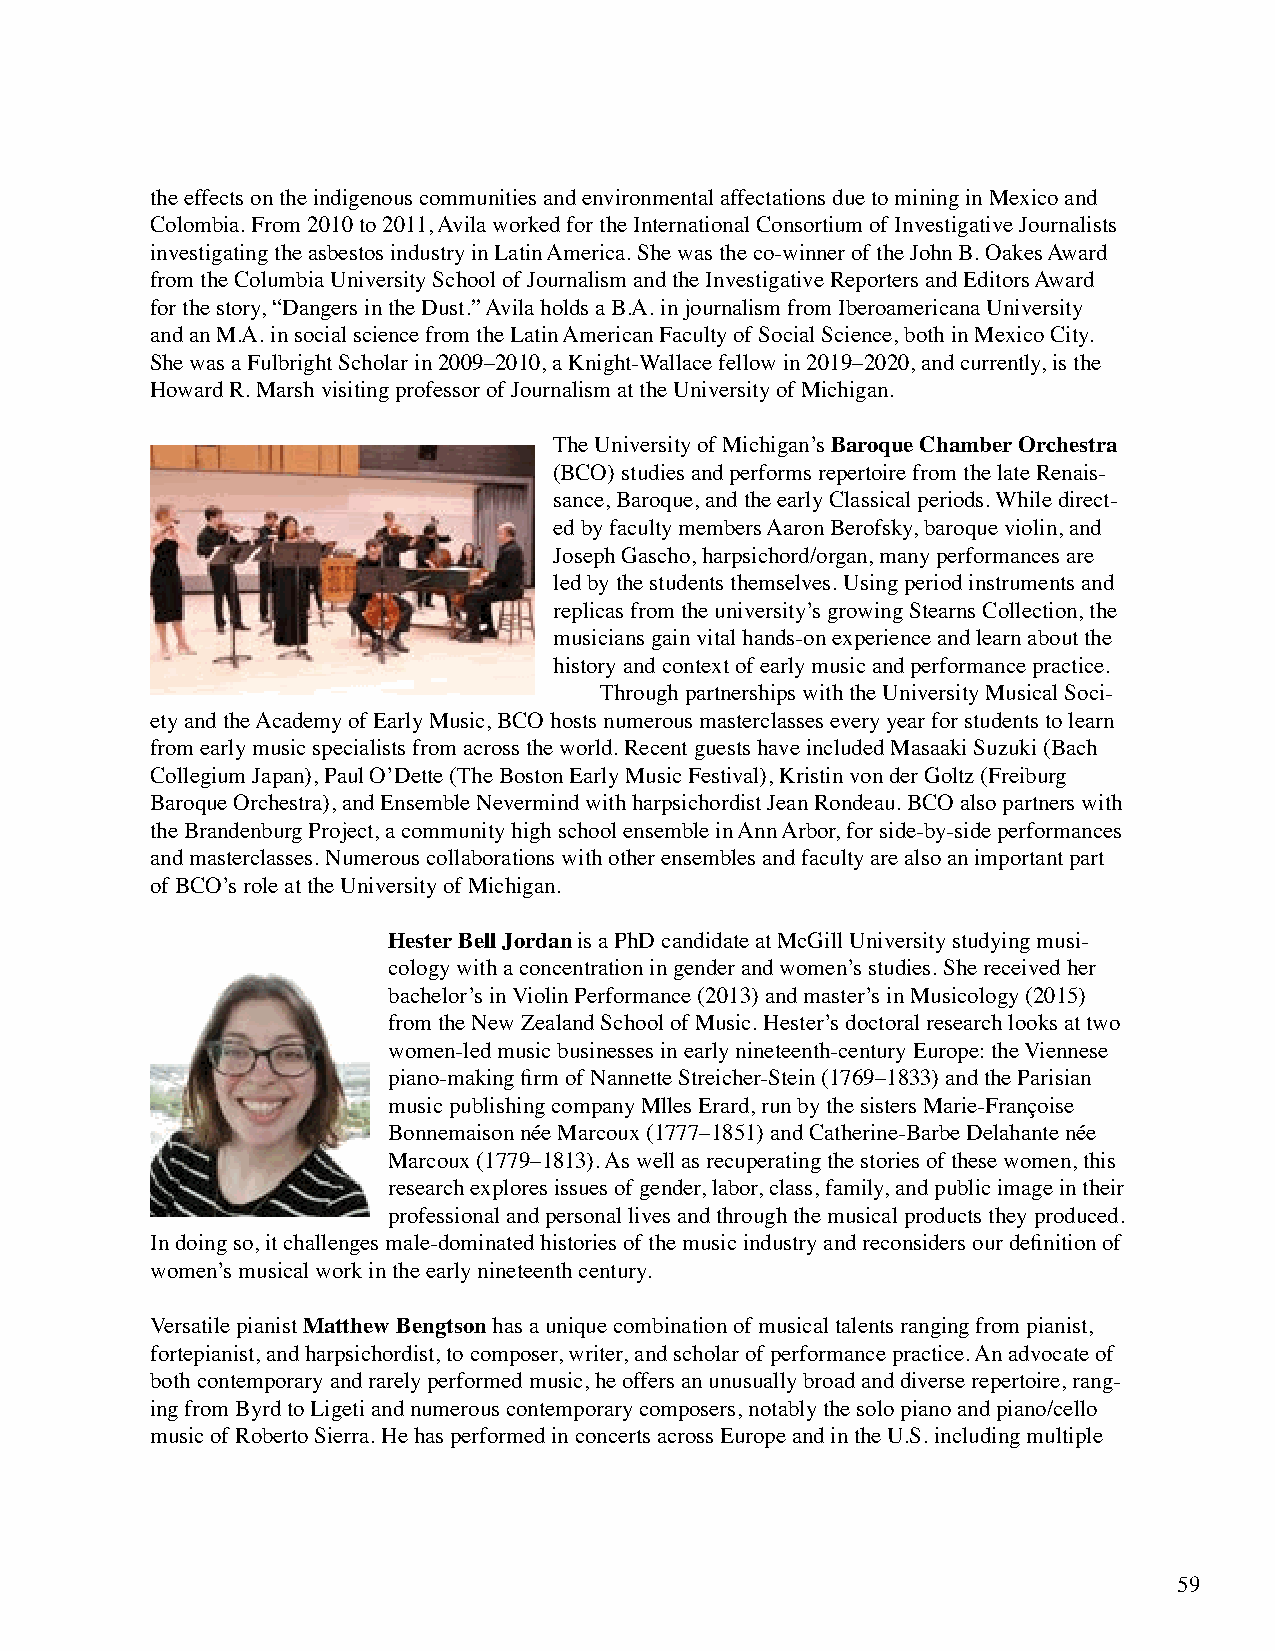
the effects on the indigenous communities and environmental affectations due to mining in Mexico and
 Colombia. From 2010 to 2011, Avila worked for the International Consortium of Investigative Journalists
 investigating the asbestos industry in Latin America. She was the co-winner of the John B. Oakes Award
 from the Columbia University School of Journalism and the Investigative Reporters and Editors Award
 for the story, “Dangers in the Dust.” Avila holds a B.A. in journalism from Iberoamericana University
 and an M.A. in social science from the Latin American Faculty of Social Science, both in Mexico City.
 She was a Fulbright Scholar in 2009–2010, a Knight-Wallace fellow in 2019–2020, and currently, is the
 Howard R. Marsh visiting professor of Journalism at the University of Michigan.
 The University of Michigan’s Baroque Chamber Orchestra
 (BCO) studies and performs repertoire from the late Renais-
 sance, Baroque, and the early Classical periods. While direct-
 ed by faculty members Aaron Berofsky, baroque violin, and
 Joseph Gascho, harpsichord/organ, many performances are
 led by the students themselves. Using period instruments and
 replicas from the university’s growing Stearns Collection, the
 musicians gain vital hands-on experience and learn about the
 history and context of early music and performance practice.
 Through partnerships with the University Musical Soci-
 ety and the Academy of Early Music, BCO hosts numerous masterclasses every year for students to learn
 from early music specialists from across the world. Recent guests have included Masaaki Suzuki (Bach
 Collegium Japan), Paul O’Dette (The Boston Early Music Festival), Kristin von der Goltz (Freiburg
 Baroque Orchestra), and Ensemble Nevermind with harpsichordist Jean Rondeau. BCO also partners with
 the Brandenburg Project, a community high school ensemble in Ann Arbor, for side-by-side performances
 and masterclasses. Numerous collaborations with other ensembles and faculty are also an important part
 of BCO’s role at the University of Michigan.
 Hester Bell Jordan is a PhD candidate at McGill University studying musi-
 cology with a concentration in gender and women’s studies. She received her
 bachelor’s in Violin Performance (2013) and master’s in Musicology (2015)
 from the New Zealand School of Music. Hester’s doctoral research looks at two
 women-led music businesses in early nineteenth-century Europe: the Viennese
 piano-making firm of Nannette Streicher-Stein (1769–1833) and the Parisian
 music publishing company Mlles Erard, run by the sisters Marie-Françoise
 Bonnemaison née Marcoux (1777–1851) and Catherine-Barbe Delahante née
 Marcoux (1779–1813). As well as recuperating the stories of these women, this
 research explores issues of gender, labor, class, family, and public image in their
 professional and personal lives and through the musical products they produced.
 In doing so, it challenges male-dominated histories of the music industry and reconsiders our definition of
 women’s musical work in the early nineteenth century.
 Versatile pianist Matthew Bengtson has a unique combination of musical talents ranging from pianist,
 fortepianist, and harpsichordist, to composer, writer, and scholar of performance practice. An advocate of
 both contemporary and rarely performed music, he offers an unusually broad and diverse repertoire, rang-
 ing from Byrd to Ligeti and numerous contemporary composers, notably the solo piano and piano/cello
 music of Roberto Sierra. He has performed in concerts across Europe and in the U.S. including multiple
 59